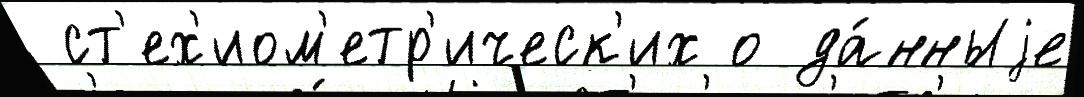
 ст'ех'иом'етр'ическ'их о да́нныjе